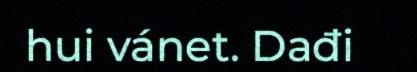
hui vánet. Dađi